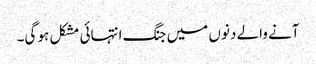
آنے والے دنوں میں جنگ انتہائی مشکل ہو گی۔